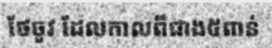
ថែចូវ ដែលកាលពីជាង៥ពាន់